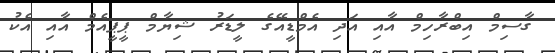
ގާސިމް އިބްރާހިމް އާއި އަދި އެމްޑީއޭގެ ލީޑަރު ޝިޔާމް ޕީޕީއެމް އާއި އެކު